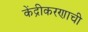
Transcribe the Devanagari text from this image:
केंद्रीकरणाची